Annual report on the lock hospitals of the Madras Presidency
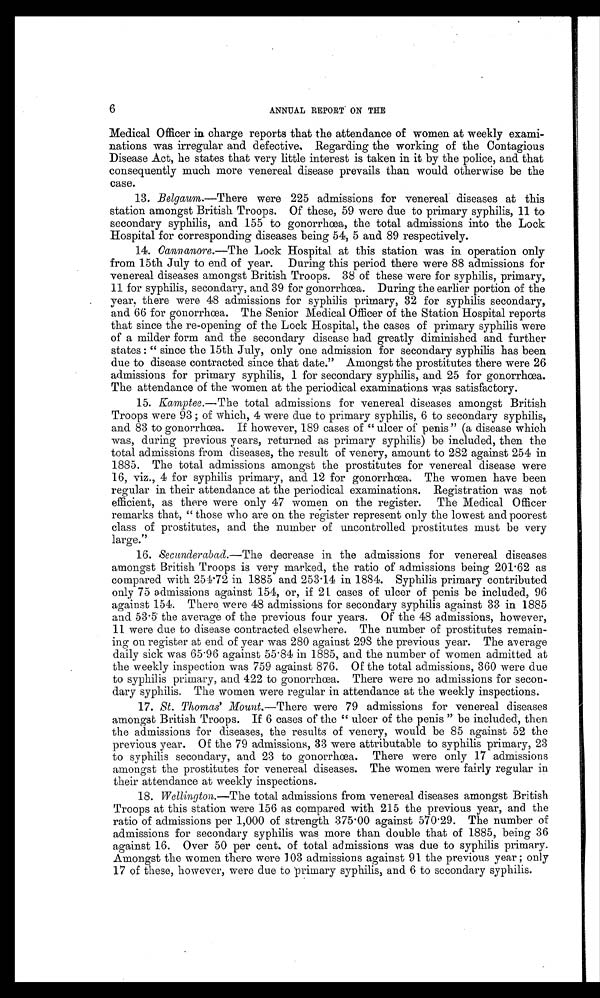
6
ANNUAL REPORT ON THE
Medical Officer in charge reports that the attendance of women at weekly exami-
nations was irregular and defective, Regarding the working of the Contagious
Disease Act, he states that very little interest is taken in it by the police, and that
consequently much more venereal disease prevails than would otherwise be the
case.
13. Belgaum.—There were 225 admissions for venereal diseases at this
station amongst British Troops. Of these, 59 were due to primary syphilis, 11 to
secondary syphilis, and 155 to gonorrhœa, the total admissions into the Lock
Hospital for corresponding diseases being 54, 5 and 89 respectively.
14.
Cannanore.—The Lock Hospital at this station was in operation only
from 15th July to end of year. During this period there were 88 admissions for
venereal diseases amongst British Troops. 38 of these were for syphilis, primary,
11 for syphilis, secondary, and 39 for gonorrhœa. During the earlier portion of the
year, there were 48 admissions for syphilis primary, 32 for syphilis secondary,
and 66 for gonorrhœa. The Senior Medical Officer of the Station Hospital reports
that since the re-opening of the Lock Hospital, the cases of primary syphilis were
of a milder form and the secondary disease had greatly diminished and further
states: "since the 15th July, only one admission for secondary syphilis has been
due to disease contracted since that date." Amongst the prostitutes there were 26
admissions for primary syphilis, 1 for secondary syphilis, and 25 for gonorrhœa.
The attendance of the women at the periodical examinations was satisfactory.
15. Kamptee.— The total admissions for venereal diseases amongst British
Troops were 93; of which, 4 were due to primary syphilis, 6 to secondary syphilis,
and 83 to gonorrhœa. If however, 189 cases of "ulcer of penis" (a disease which
was, during previous years, returned as primary syphilis) be included, then the
total admissions from diseases, the result of venery, amount to 282 against 254 in
1885. The total admissions amongst the prostitutes for venereal disease were
16, viz., 4 for syphilis primary, and 12 for gonorrhœa. The women have been
regular in their attendance at the periodical examinations. Registration was not
efficient, as there were only 47 women on the register. The Medical Officer
remarks that, "those who are on the register represent only the lowest and poorest
class of prostitutes, and the number of uncontrolled prostitutes must be very
large."
16. Secunderabad.—The decrease in the admissions for venereal diseases
amongst British Troops is very marked, the ratio of admissions being 201 . 62 as
compared with 254.72 in 1885 and 253 . 14 in 1884. Syphilis primary contributed
only 75 admissions against 154, or, if 21 cases of ulcer of penis be included, 96
against 154. There were 48 admissions for secondary syphilis against 33 in 1885
and 53.5 the average of the previous four years. Of the 48 admissions, however,
11 were due to disease contracted elsewhere. The number of prostitutes remain-
ing on register at end of year was 280 against 298 the previous year. The average
daily sick was 65 . 96 against 55 . 84 in 1885, and the number of women admitted at
the weekly inspection was 759 against 876. Of the total admissions, 360 were due
to syphilis primary, and 422 to gonorrhœa. There were no admissions for secon-
dary syphilis. The women were regular in attendance at the weekly inspections.
17. St. Thomas' Mount.—There were 79 admissions for venereal diseases
amongst British Troops. If 6 cases of the "ulcer of the penis" be included, then
the admissions for diseases, the results of venery, would be 85 against 52 the
previous year. Of the 79 admissions, 33 were attributable to syphilis primary, 23
to syphilis secondary, and 23 to gonorrhœa. There were only 17 admissions
amongst the prostitutes for venereal diseases. The women were fairly regular in
their attendance at weekly inspections.
18. Wellington.—The total admissions from venereal diseases amongst British
Troops at this station were 156 as compared with 215 the previous year, and the
ratio of admissions per 1,000 of strength 375.00 against 570.29. The number of
admissions for secondary syphilis was more than double that of 1885, being 36
against 16. Over 50 per cent. of total admissions was due to syphilis primary.
Amongst the women there were 103 admissions against 91 the previous year; only
17 of these, however, were due to primary syphilis, and 6 to secondary syphilis.